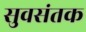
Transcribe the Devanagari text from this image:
सुवसंतक